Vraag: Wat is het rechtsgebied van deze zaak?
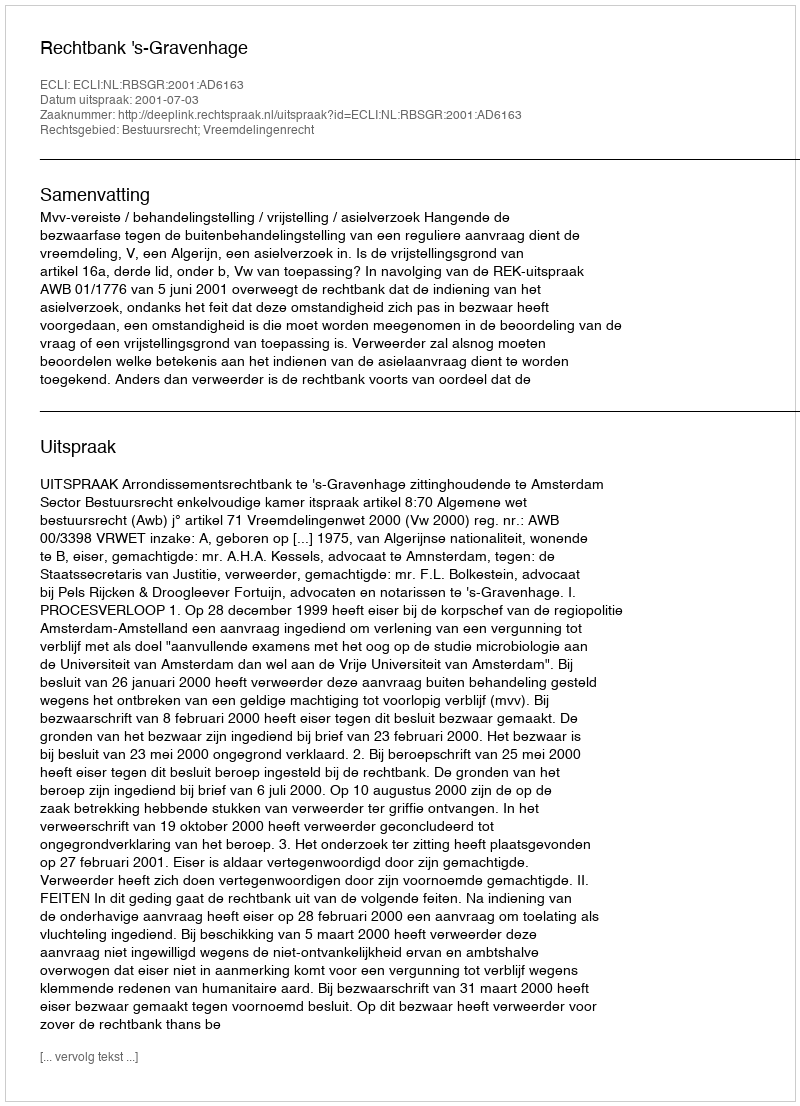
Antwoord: Bestuursrecht; Vreemdelingenrecht